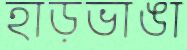
হাড়ভাঙা